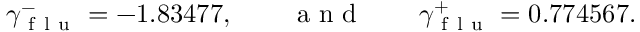
\gamma _ { \mathrm { ~ f ~ l ~ u ~ } } ^ { - } = - 1 . 8 3 4 7 7 , \qquad \mathrm { ~ a ~ n ~ d ~ } \qquad \gamma _ { \mathrm { ~ f ~ l ~ u ~ } } ^ { + } = 0 . 7 7 4 5 6 7 .